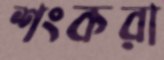
শংকরা